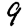
Digit: 9